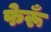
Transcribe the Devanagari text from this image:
फेरूँ